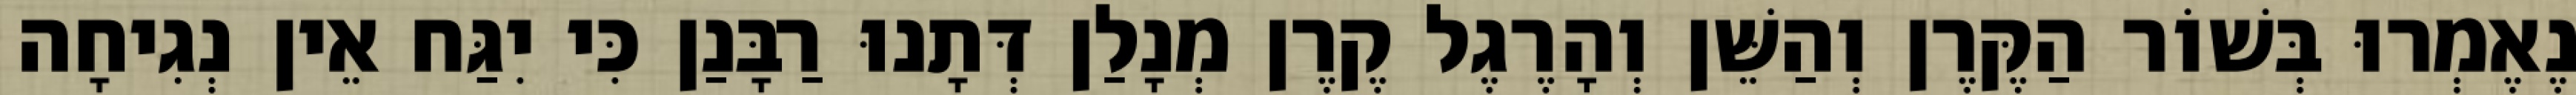
נֶאֶמְרוּ בְּשׁוֹר הַקֶּרֶן וְהַשֵּׁן וְהָרֶגֶל קֶרֶן מְנָלַן דְּתָנוּ רַבָּנַן כִּי יִגַּח אֵין נְגִיחָה